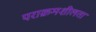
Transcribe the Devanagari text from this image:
पराक्रमशीलता